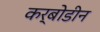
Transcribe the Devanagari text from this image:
कर्बोडीन